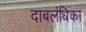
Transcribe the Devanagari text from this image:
दाबलंधिका